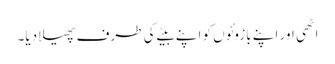
اٹھی اور اپنے بازوئوں کو اپنے بیٹے کی طرف پھیلا دیا۔